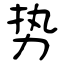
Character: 势